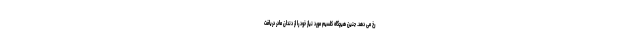
رخ می دهد. جنین هیچگاه کلسیم مورد نیاز خود را از دندان مادر دریافت